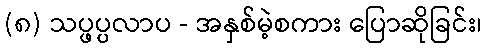
(၈) သပ္ဖပ္ပလာပ - အနှစ်မဲ့စကား ပြောဆိုခြင်း၊